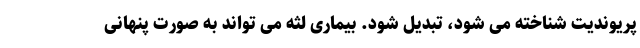
پریوندیت شناخته می شود، تبدیل شود. بیماری لثه می تواند به صورت پنهانی